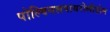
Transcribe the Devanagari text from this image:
पोल्विनलपायरोलीडोन